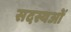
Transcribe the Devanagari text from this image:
सदस्यओं